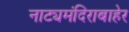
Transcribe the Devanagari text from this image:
नाट्यमंदिराबाहेर